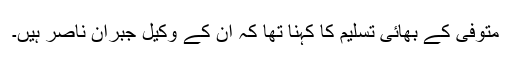
متوفی کے بھائی تسلیم کا کہنا تھا کہ ان کے وکیل جبران ناصر ہیں۔